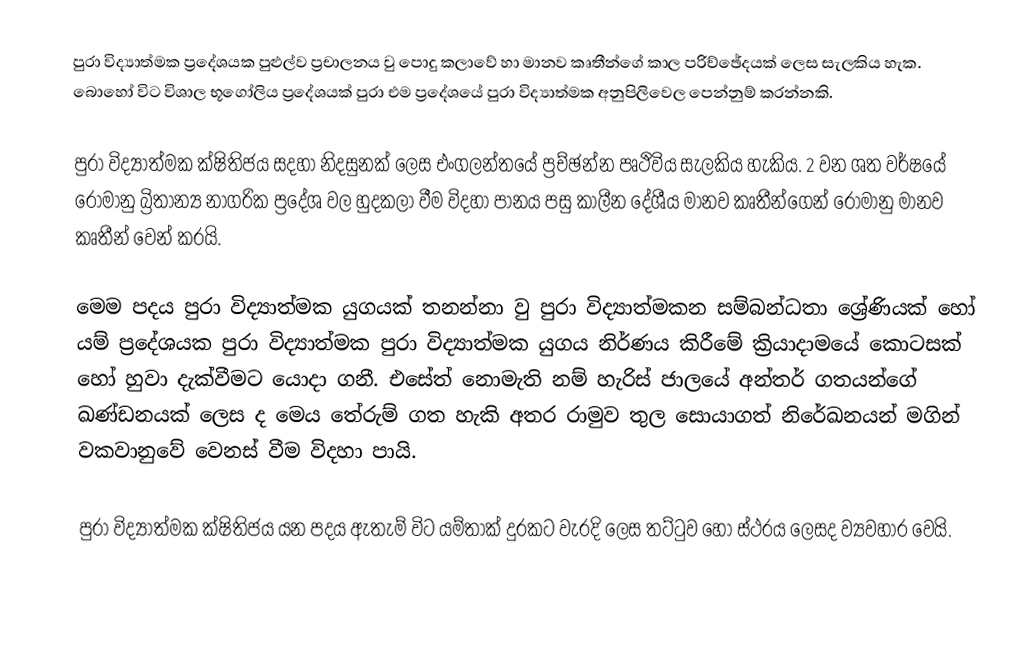
පුරා විද්‍යාත්මක ප්‍රදේශයක පුළුල්ව ප්‍රචාලනය වු පොදු කලාවේ හා මානව කෘතීන්ගේ කාල පරිච්ඡේදයක් ලෙස සැලකිය හැක. බොහෝ විට විශාල භූගෝලිය ප්‍රදේශයක් පුරා එම ප්‍රදේශයේ පුරා විද්‍යාත්මක අනුපිලිවෙල පෙන්නුම් කරන්නකි.

පුරා විද්‍යාත්මක ක්ෂිතිජය සදහා නිදසුනක් ලෙස එංගලන්තයේ ප්‍රච්ඡන්න පෘථිවිය සැලකිය හැකිය. 2 වන ශත වර්ෂයේ රෝමානු බ්‍රිතාන්‍ය නාගරික ප්‍රදේශ වල හුදකලා වීම විදහා පානය පසු කාලීන දේශීය මානව කෘතීන්ගෙන් රෝමානු මානව කෘතීන් වෙන් කරයි.

මෙම පදය පුරා විද්‍යාත්මක යුගයක් තනන්නා වු පුරා විද්‍යාත්මකන සම්බන්ධතා ශ්‍රේණියක් හෝ යම් ප්‍රදේශයක  පුරා විද්‍යාත්මක පුරා විද්‍යාත්මක යුගය නිර්ණය කිරීමේ ක්‍රියාදාමයේ කොටසක් හෝ හුවා දැක්වීමට යොදා ගනී. එසේත් නොමැති නම් හැරිස් ජාලයේ අන්තර් ගතයන්ගේ ඛණ්ඩනයක් ලෙස ද මෙය තේරුම් ගත හැකි අතර රාමුව තුල සොයාගත් නිරේඛනයන් මගින් වකවානුවේ වෙනස් වීම විදහා පායි.

පුරා විද්‍යාත්මක ක්ෂිතිජය යන පදය ඇතැම් විට යම්තාක් දුරකට වැරදි ලෙස තට්ටුව හෝ ස්ථරය ලෙසද ව්‍යවහාර වෙයි.